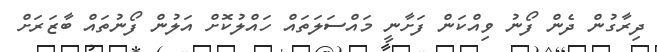
ދިރާގުން ދެން ފޯނު ވިއްކަން ފަށާނީ މައްސަލަތައް ހައްލުކޮށް އަލުން ފޯނުތައް ބާޒަރަށް